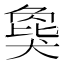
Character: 𬌾